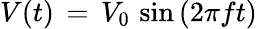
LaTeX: V(t)\, =\, V_{\mathrm{{0}}}\, \sin{(2\pi ft})